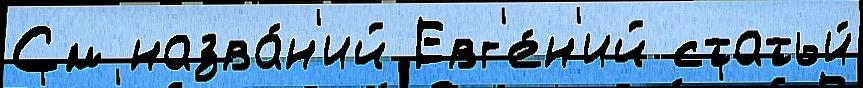
См назва́н'ий Евг'е́н'ий статьи́